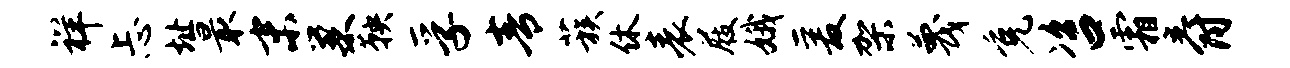
祥忐址最末巢鞅孚青蔟休表屐娥爰架蔑免咨霜爵